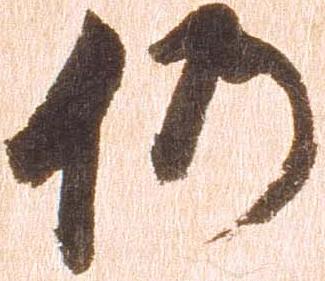
仍